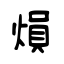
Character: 熉